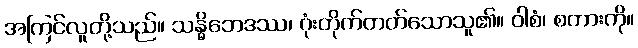
အကြင်လူတို့သည်။ သန္ဓိဘေဒဿ၊ ဂုံးတိုက်တတ်သောသူ၏။ ဝါစံ၊ စကားကို။